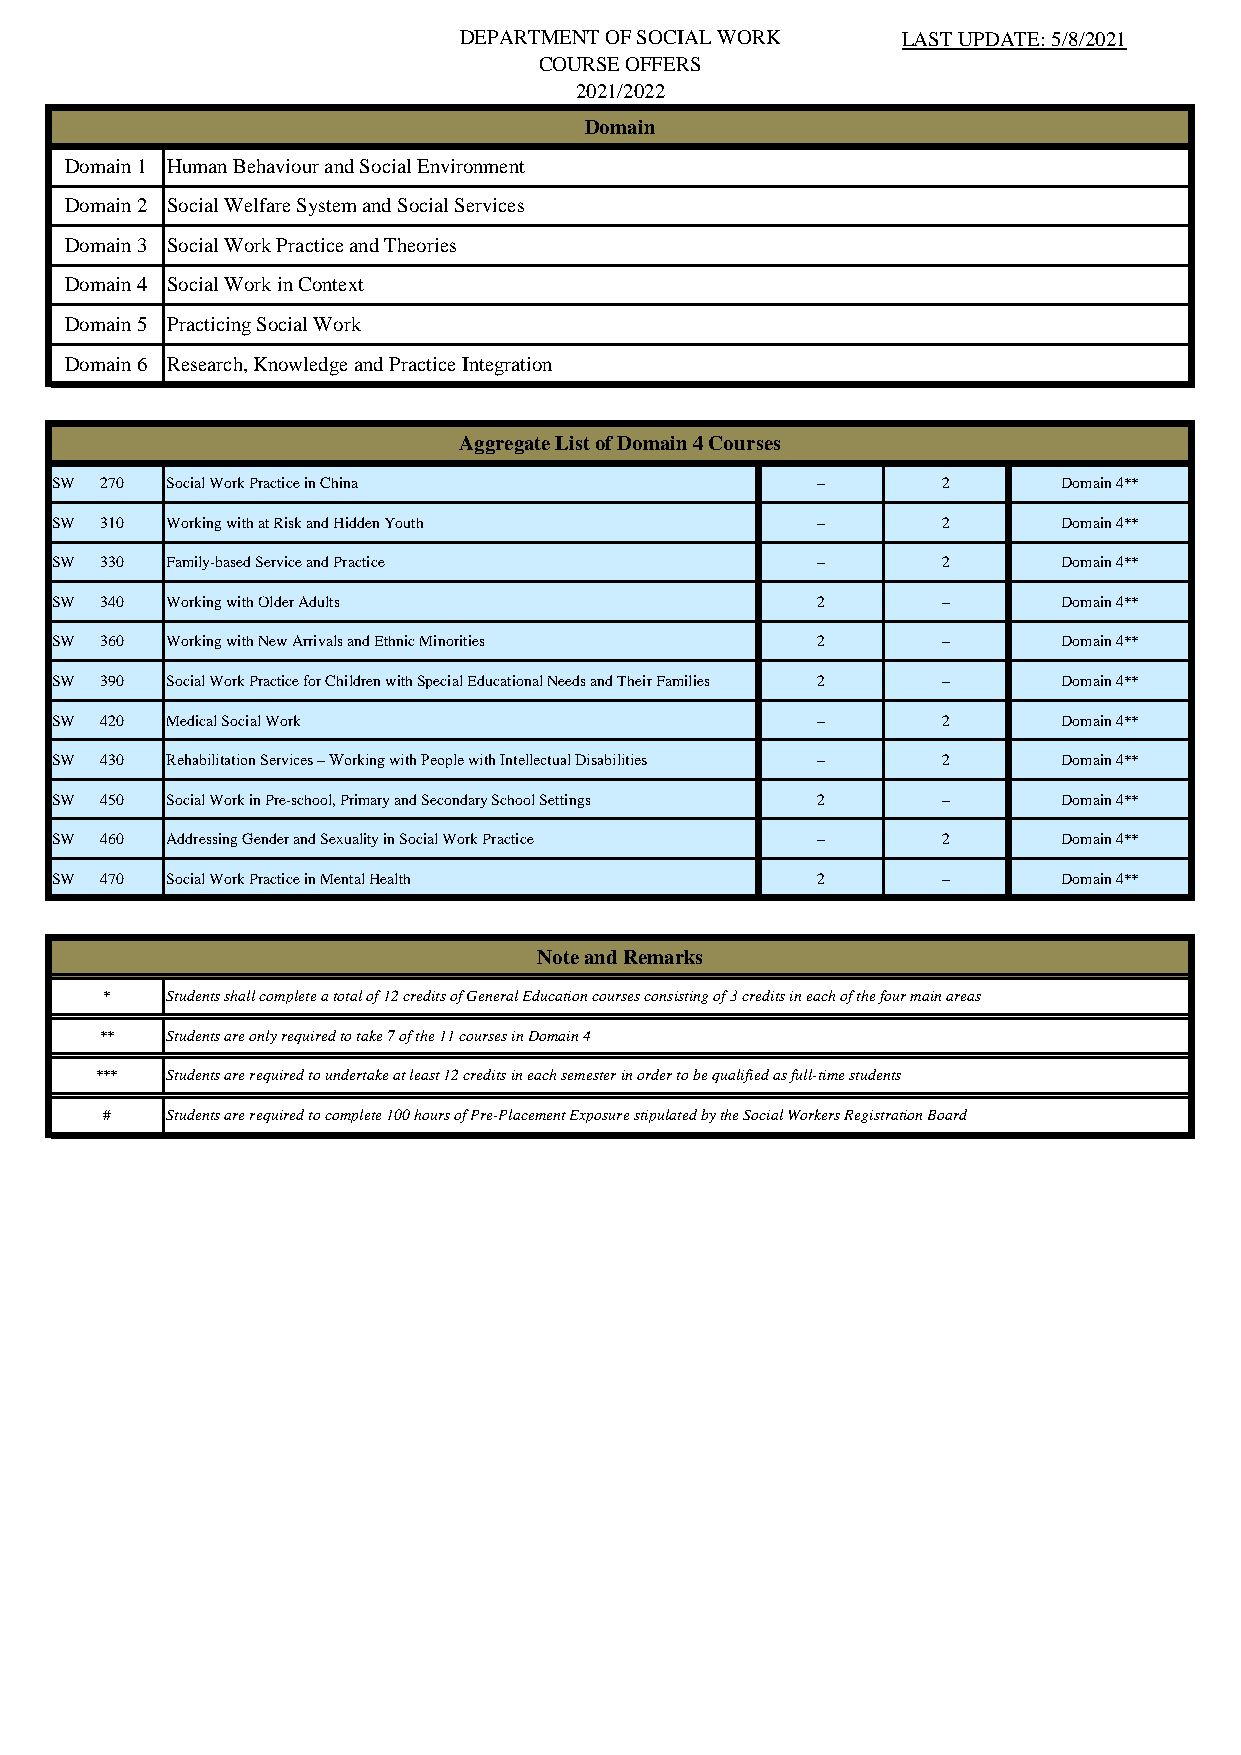
DEPARTMENT OF SOCIAL WORK     LAST UPDATE: 5/8/2021
 COURSE OFFERS
 2021/2022
 Domain
 Domain 1 Human Behaviour and Social Environment
 Domain 2 Social Welfare System and Social Services
 Domain 3 Social Work Practice and Theories
 Domain 4 Social Work in Context
 Domain 5 Practicing Social Work
 Domain 6 Research, Knowledge and Practice Integration
 Aggregate List of Domain 4 Courses
 SW  270 Social Work Practice in China              –       2       Domain 4**
 SW  310 Working with at Risk and Hidden Youth      –       2       Domain 4**
 SW  330 Family-based Service and Practice          –       2       Domain 4**
 SW  340 Working with Older Adults                  2       –       Domain 4**
 SW  360 Working with New Arrivals and Ethnic Minorities 2  –       Domain 4**
 SW  390 Social Work Practice for Children with Special Educational Needs and Their Families 2 – Domain 4**
 SW  420 Medical Social Work                        –       2       Domain 4**
 SW  430 Rehabilitation Services – Working with People with Intellectual Disabilities – 2 Domain 4**
 SW  450 Social Work in Pre-school, Primary and Secondary School Settings 2 – Domain 4**
 SW  460 Addressing Gender and Sexuality in Social Work Practice – 2 Domain 4**
 SW  470 Social Work Practice in Mental Health      2       –       Domain 4**
 Note and Remarks
 *   Students shall complete a total of 12 credits of General Education courses consisting of 3 credits in each of the four main areas
 **  Students are only required to take 7 of the 11 courses in Domain 4
 ***  Students are required to undertake at least 12 credits in each semester in order to be qualified as full-time students
 #   Students are required to complete 100 hours of Pre-Placement Exposure stipulated by the Social Workers Registration Board